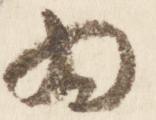
為